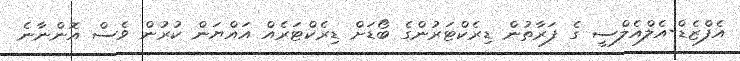
އެފްޒެޑް-އެލްއެލްސީ ގެ ފަރާތުން ޑިރެކްޓަރުންގެ ބޯޑަށް ޑިރެކްޓަރެއް އައްޔަން ކުރުން ވެސް އޮންނާނެ